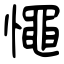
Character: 憴